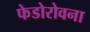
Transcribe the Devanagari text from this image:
फेडोरोवना